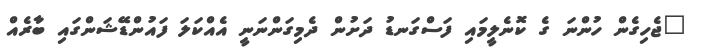
"ޖެހިގެން ހުންނަ ގެ ކޮނެލީމައި ފަސްގަނޑު ދަށުން ދެމިގަންނަނީ އެއްކަލަ ފައުންޑޭޝަންގައި ބާރެއް